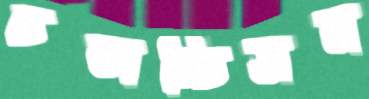
চলচ্চিত্রম